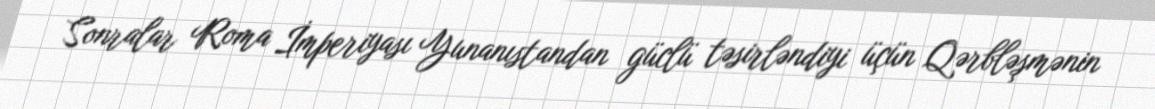
Sonralar Roma İmperiyası Yunanıstandan güclü təsirləndiyi üçün Qərbləşmənin